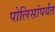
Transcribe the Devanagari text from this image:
पोलिसांपर्यंत